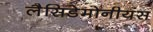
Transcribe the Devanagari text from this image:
लैसिडेमोनीयंस